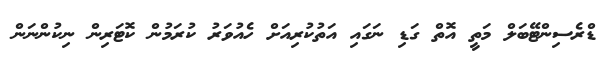
ޑްރެސިންޓޭބަލް މަތީ އޮތް ގަޑި ނަގައި އަތުކުރިއަށް ހެއުވަރު ކުރަމުން ކޮޓަރިން ނިކުންނަން